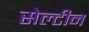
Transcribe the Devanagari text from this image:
सेल्टीन